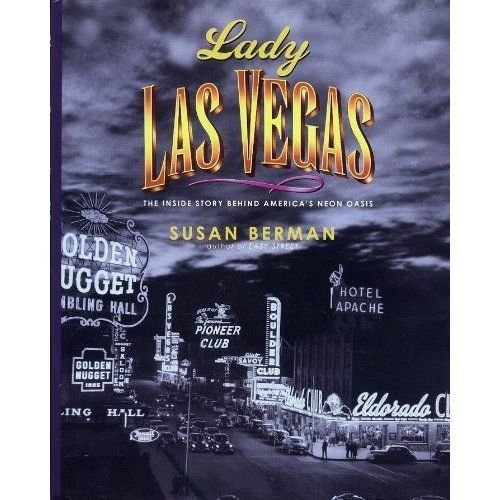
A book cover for Lady Las Vegas: The Inside Story Behind America's; Susan Berman; Travel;